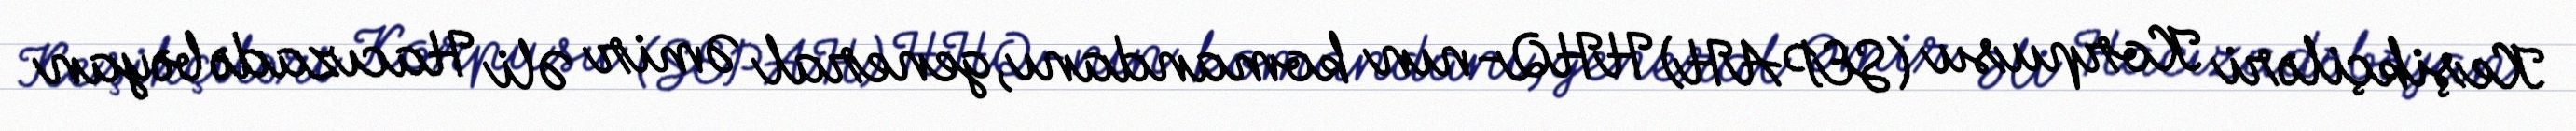
Keşikçiləri Korpusu (SEPAH) HHQ-nın komandanı, general Əmir Əli Hacızadə bəyan